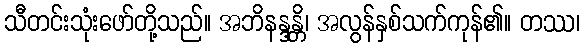
သီတင်းသုံးဖော်တို့သည်။ အဘိနန္ဒန္တိ၊ အလွန်နှစ်သက်ကုန်၏။ တဿ၊